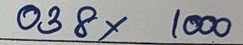
038 x 1000